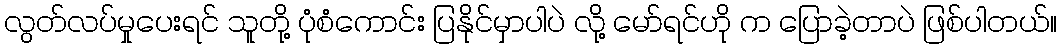
လွတ်လပ်မှုပေးရင် သူတို့ ပုံစံကောင်း ပြနိုင်မှာပါပဲ လို့ မော်ရင်ဟို က ပြောခဲ့တာပဲ ဖြစ်ပါတယ်။